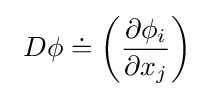
\ D\phi \doteq \left({\frac {\partial \phi _{i}}{\partial x_{j}}}\right)